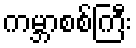
ကမ္ဘာစစ်ကြီး